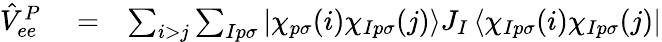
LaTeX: \begin{array}{rlr}{\hat{V}_{ee}^{P}}&{{}=}&{\sum_{i>j}\sum_{Ip\sigma}\left|\chi_{p\sigma}(i)\chi_{Ip\sigma}(j)\right>J_{I}\left<\chi_{Ip\sigma}(i)\chi_{Ip\sigma}(j)\right|}\end{array}